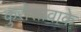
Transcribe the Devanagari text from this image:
कुरोसावाके